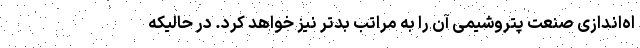
اه‌اندازی صنعت پتروشیمی آن را به مراتب بدتر نیز خواهد کرد. در حالیکه